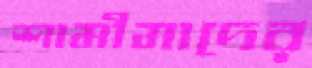
শামীমাদের